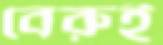
বেরুই